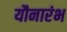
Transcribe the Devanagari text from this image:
यौनारंभ